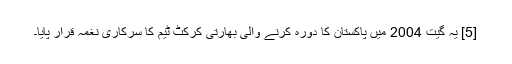
[5] یہ گیت 2004 میں پاکستان کا دورہ کرنے والی بھارتی کرکٹ ٹیم کا سرکاری نغمہ قرار پایا۔